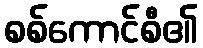
စစ်ကောင်စီ၏